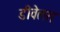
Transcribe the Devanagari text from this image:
डीवेलरा